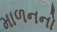
માળનનો